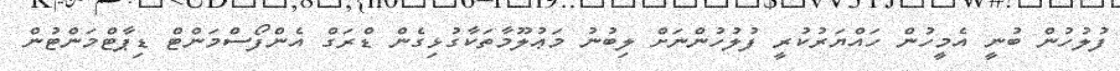
ފުލުހުން ބުނީ އެމީހުން ހައްޔަރުކުރީ ފުލުހުންނަށް ލިބުނު މަޢުލޫމާތަކާގުޅިގެން ޑްރަގް އެންފޯސްމަންޓް ޑިޕާޓްމަންޓުން